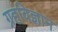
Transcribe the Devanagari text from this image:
ग्रहविज्ञान